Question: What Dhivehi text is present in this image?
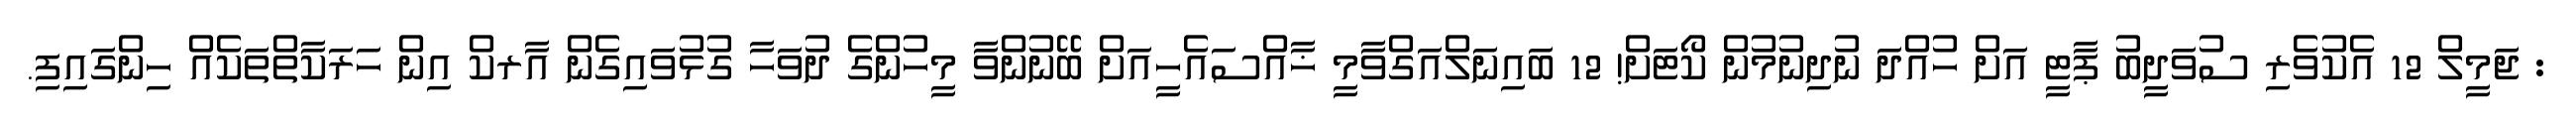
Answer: : ޖަމީލް 12 އެކުވެރި ސުވަދީބު ޕާޓީ އަށް ހުއްދަ ނުދިނުމުން ކޯޓަށް! 12 ބައިނަލްއަގްވާމީ ޚާއްސައެހީއަށް ބޭނުންވާ މީހުންގެ ދުވަހާ ގުޅުވައިގެން އާރކް އިން ހަރަކާތްތަކެއް ހިންގައިފި.